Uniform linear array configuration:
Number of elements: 48
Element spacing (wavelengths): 0.75
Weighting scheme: binomial
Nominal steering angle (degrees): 0
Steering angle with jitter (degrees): -0.9627
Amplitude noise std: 0.05
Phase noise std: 0.05

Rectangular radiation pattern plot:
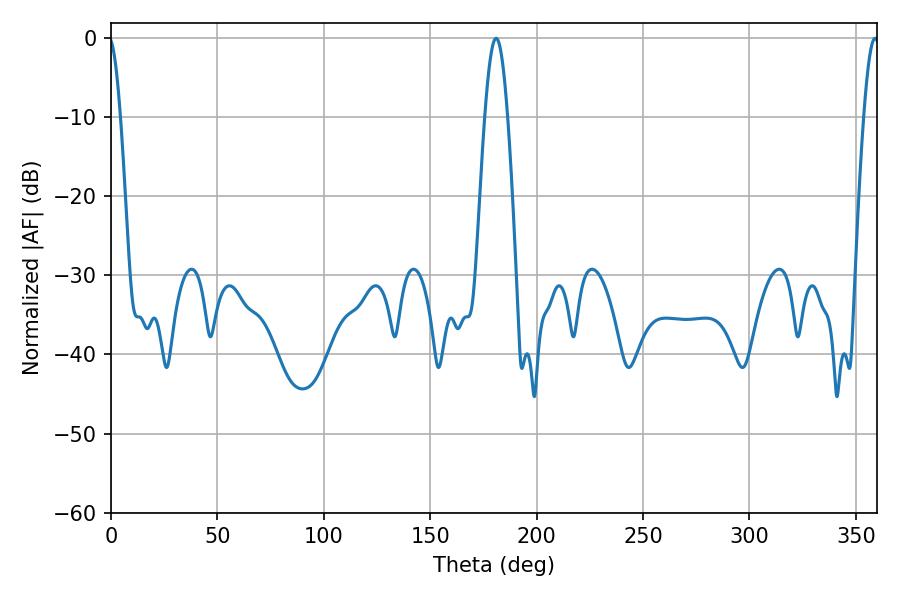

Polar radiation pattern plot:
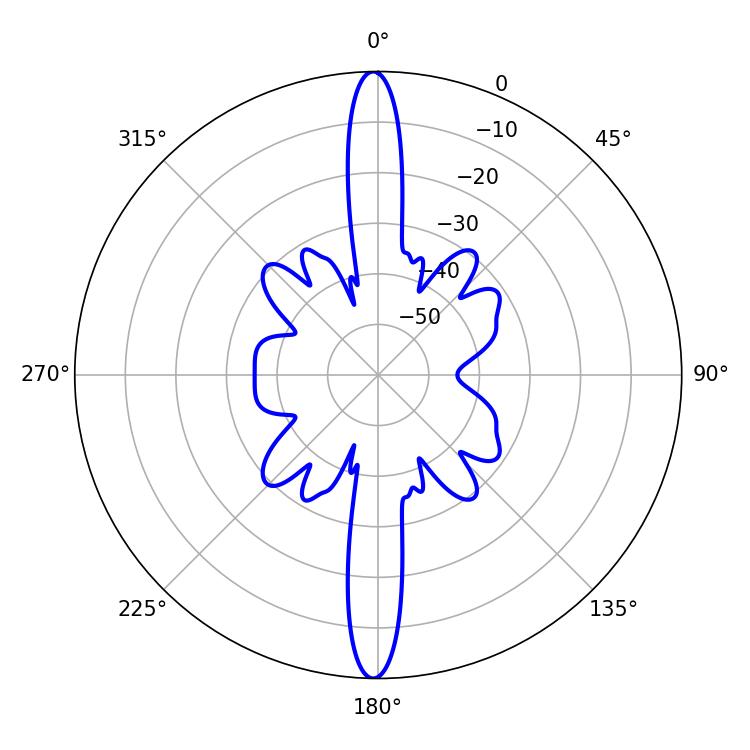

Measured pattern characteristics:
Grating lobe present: TRUE
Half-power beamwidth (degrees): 5.76
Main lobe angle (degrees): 180.9